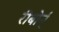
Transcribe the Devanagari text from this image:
रीबोर्न्